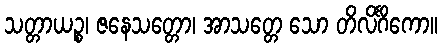
သတ္တာယဉ္စ၊ ဇနေသတ္တော၊ အာသတ္တေ သော တိလိင်္ဂိကော။